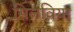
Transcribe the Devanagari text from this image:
सिलविया